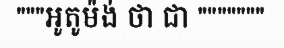
"""អូតូម៉ង់ ថា ជា """""""